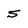
Character: 5